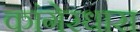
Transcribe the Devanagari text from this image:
कांगेरधारा